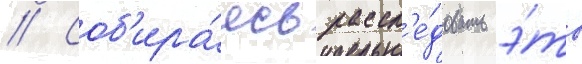
// Соб'ира́ясь рассл'е́довать э́то